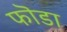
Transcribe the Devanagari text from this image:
फॊडा